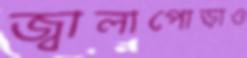
জ্বালাপোড়াও